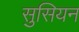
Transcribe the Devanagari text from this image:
सुसियन